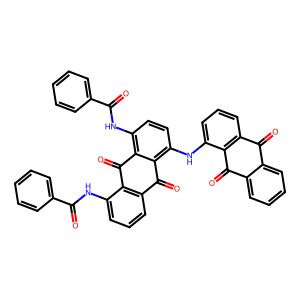
SMILES: O=C(Nc1cccc2c1C(=O)c1c(NC(=O)c3ccccc3)ccc(Nc3cccc4c3C(=O)c3ccccc3C4=O)c1C2=O)c1ccccc1
Inhibits HIV replication: No